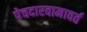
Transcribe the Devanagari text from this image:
पेचदारवामावर्त